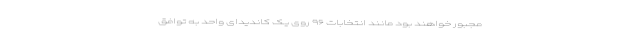
مجبور خواهند بود مانند انتخابات ۹۶ روی یک کاندیدای واحد به توافق